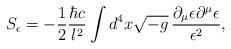
LaTeX: \begin{align*}S_{\epsilon}=-{1\over 2}{{\hbar c}\over l^2}\int d^4x\sqrt{-g}\,{{\partial_{\mu}\epsilon\partial^{\mu}\epsilon}\over\epsilon^2},\end{align*}